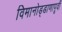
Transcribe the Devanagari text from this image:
विमानोड्डाणापूर्वी